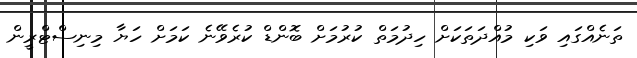
ތަނެއްގައި ވަކި މުއްދަތަކަށް ހިދުމަތް ކުރުމަށް ބޮންޑް ކުރެވޭނެ ކަމަށް ހަޔާ މިނިސްޓްރީން